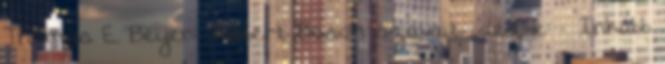
Thomas E. Beyer: „Robert Bosch szavait idézve: » Inkább